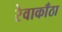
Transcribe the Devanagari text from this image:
रेवाकाँठा